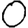
Digit: 0